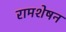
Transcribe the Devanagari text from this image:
रामशेषन